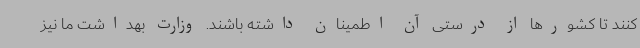
کنند تا کشورها از درستی آن اطمینان داشته باشند. وزارت بهداشت ما نیز